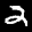
Label: 2